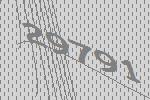
29791